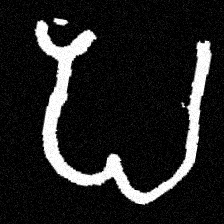
Pyu character \u2014 Myanmar letter: ပ (romanized: pa)